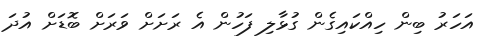
އަހަރު ބިން ހިއްކައިގެން ގުޅާލި ފަހުން އެ ރަށަށް ވަރަށް ބޮޑަށް އުދަ